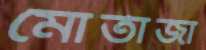
মোর্তাজা